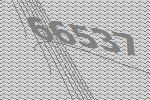
66537